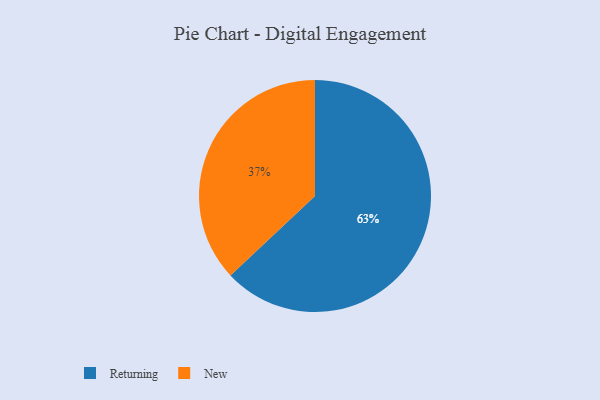
{"axis": {"x": "Category", "y": "Percentage"}, "legend": ["New", "Returning"], "data": [{"x": "New", "y": 37, "type": "New"}, {"x": "Returning", "y": 63, "type": "Returning"}]}